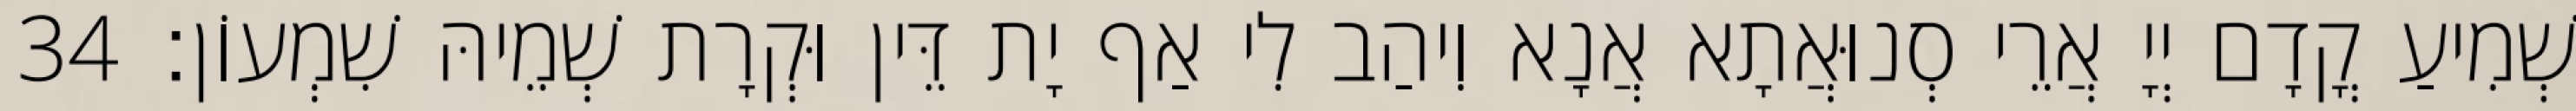
שְׁמִיעַ קֳדָם יְיָ אֲרֵי סְנוּאֲתָא אֲנָא וִיהַב לִי אַף יָת דֵּין וּקְרָת שְׁמֵיהּ שִׁמְעוֹן׃ 34